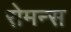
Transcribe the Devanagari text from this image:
रोमन्स